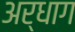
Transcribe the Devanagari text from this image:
अर्धाग